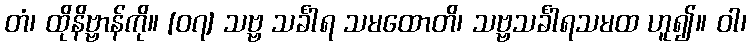
တံ၊ ထိုနိဗ္ဗာန်ကို။ [၀၇] သဗ္ဗ သင်္ခါရ သမထောတိ၊ သဗ္ဗသင်္ခါရသမထ ဟူ၍။ ဝါ၊